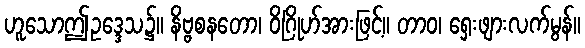
ဟူသောဤဥဒ္ဒေသ၌။ နိဗ္ဗစနတော၊ ဝိဂြိုဟ်အားဖြင့်။ တာဝ၊ ရှေးဖျားလက်မွန်။